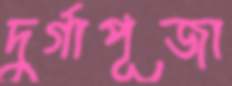
দুর্গাপূজা